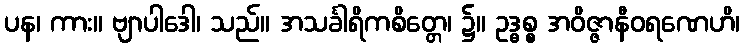
ပန၊ ကား။ ဗျာပါဒေါ၊ သည်။ အသင်္ခါရိကစိတ္တေ၊ ၌။ ဥဒ္ဓစ္စ အဝိဇ္ဇာနီဝရဏေဟိ၊